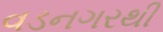
વડનગરથી